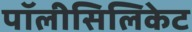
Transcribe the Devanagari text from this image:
पॉलीसिलिकेट